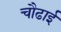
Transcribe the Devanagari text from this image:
चौढाई